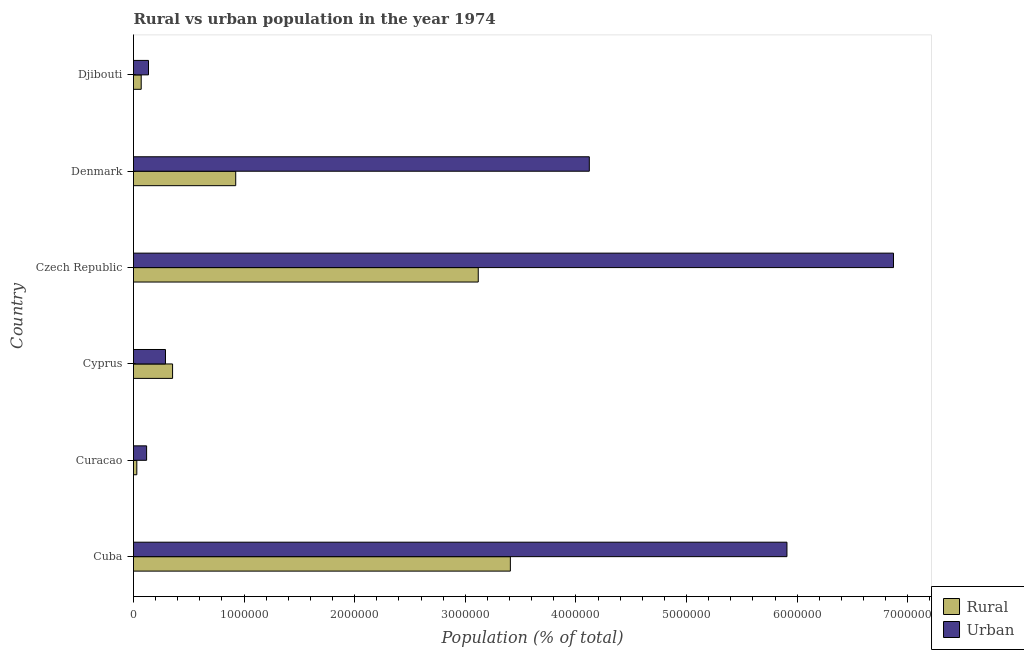
| Country | Rural | Urban |
 | --- | --- | --- |
 | Cuba | 3.41e+06 | 5.91e+06 |
 | Curacao | 2.99e+04 | 1.18e+05 |
 | Cyprus | 3.53e+05 | 2.89e+05 |
 | Czech Republic | 3.12e+06 | 6.87e+06 |
 | Denmark | 9.24e+05 | 4.12e+06 |
 | Djibouti | 6.96e+04 | 1.36e+05 |